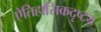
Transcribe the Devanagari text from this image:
ऐतिहासिकदृष्ट्य